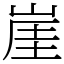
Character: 崖